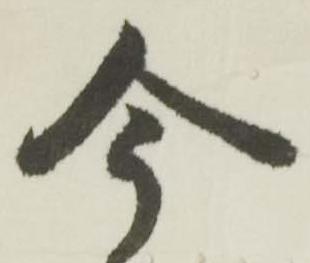
今